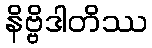
နိဗ္ဗိဒါတိဿ